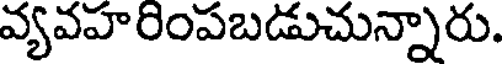
వ్యవహరింపబడుచున్నారు.